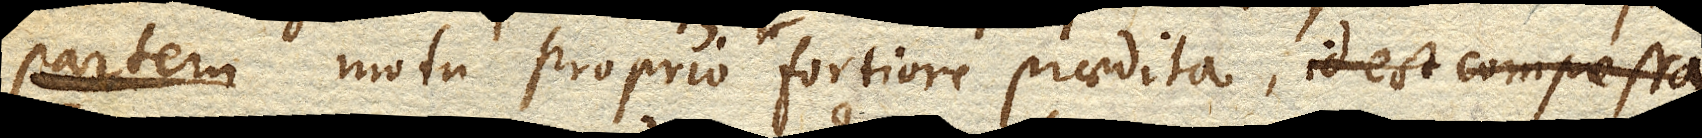
partem corpora compressa, id est motu proprio fortiore praedita,